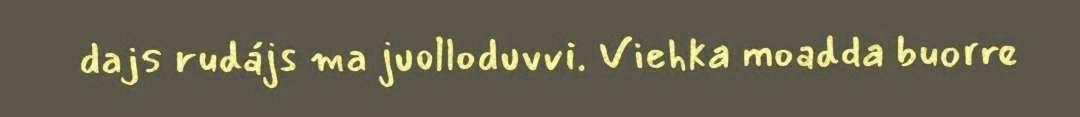
dajs rudájs ma juolloduvvi. Viehka moadda buorre